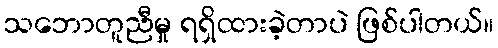
သဘောတူညီမှု ရရှိထားခဲ့တာပဲ ဖြစ်ပါတယ်။